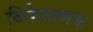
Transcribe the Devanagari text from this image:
विघेयात्मक